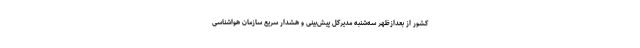
کشور از بعدازظهر سه‌شنبه مدیرکل پیش‌بینی و هشدار سریع سازمان هواشناسی